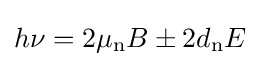
h\nu =2\mu _{\text{n}}B\pm 2d_{\text{n}}E